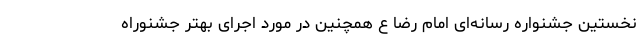
نخستین جشنواره رسانه‌ای امام رضا ع همچنین در مورد اجرای بهتر جشنوراه